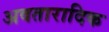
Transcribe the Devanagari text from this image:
अवतारादिक